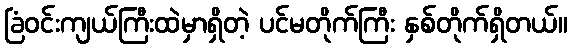
ခြံဝင်းကျယ်ကြီးထဲမှာရှိတဲ့ ပင်မတိုက်ကြီး နှစ်တိုက်ရှိတယ်။